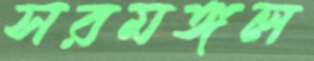
সরমঙ্গল